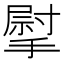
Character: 𢲴